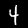
Digit: 4